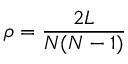
\rho = \frac { 2 L } { N ( N - 1 ) }